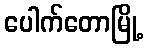
ပေါက်တောမြို့